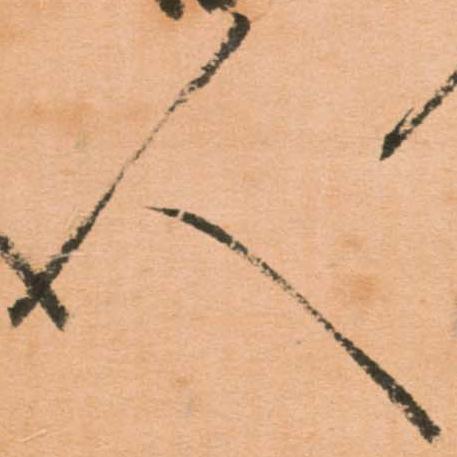
人